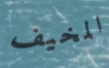
المخيف